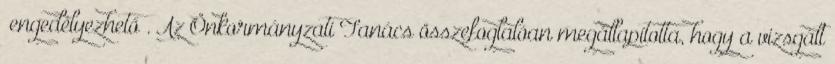
„engedélyezhető”. Az Önkormányzati Tanács összefoglalóan megállapította, hogy a vizsgált